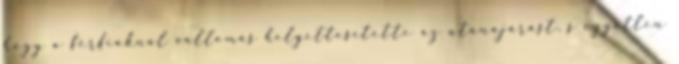
hogy a férfiaknál vallomás helyettesítette az utánajárást, s egyetlen